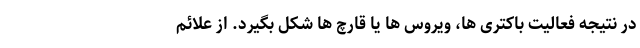
در نتیجه فعالیت باکتری ها، ویروس ها یا قارچ ها شکل بگیرد. از علائم